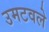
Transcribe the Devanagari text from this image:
उमटवले